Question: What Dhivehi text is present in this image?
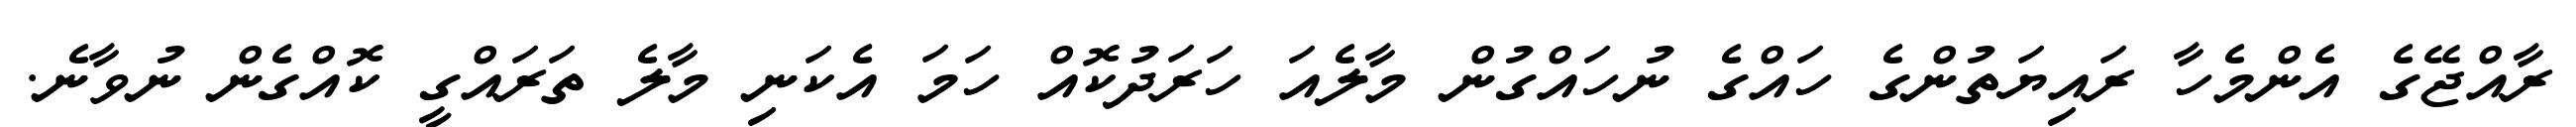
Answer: ރާއްޖޭގެ އެންމެހާ ރައިޔަތުންގެ ހައްގެ ނުހައްގުން މާލެއަ ހަރަދުކޮއް ހަމަ އެކަނި މާލެ ތަރައްގީ ކޮއްގެން ނުވާނެ.